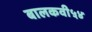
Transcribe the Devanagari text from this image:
बालकवी५४